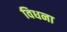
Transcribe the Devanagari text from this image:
विधना